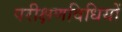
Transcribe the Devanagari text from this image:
परीक्षणविधियों